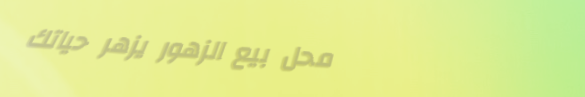
محل بيع الزهور يزهر حياتك